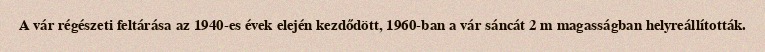
A vár régészeti feltárása az 1940-es évek elején kezdődött, 1960-ban a vár sáncát 2 m magasságban helyreállították.